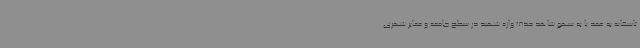
تاسفانه به عمد یا به سهو شاهد حذف واژه شهید در سطح جامعه و معابر شهری